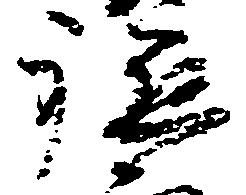
軈